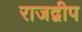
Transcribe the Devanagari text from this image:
राजद्वीप